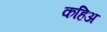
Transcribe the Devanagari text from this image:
कहिअ